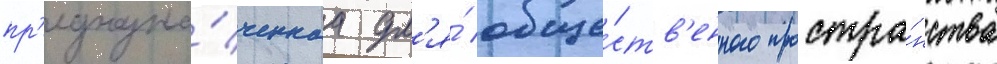
пр'едназна́ченнаа дл'я́ обще́ств'енного простра́нства